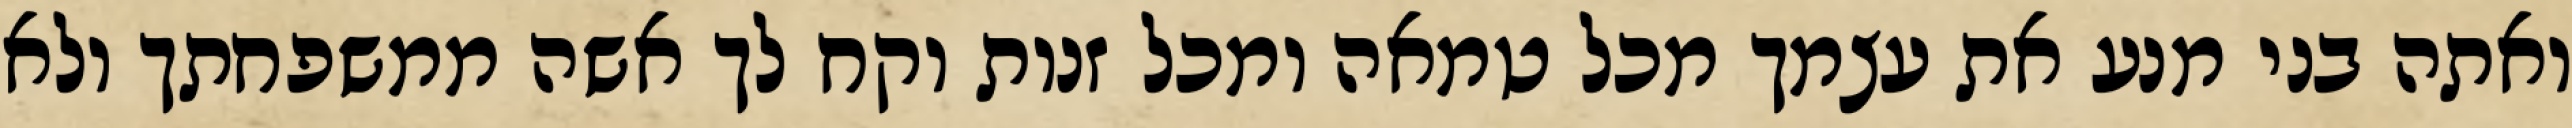
ואתה בני מנע את עצמך מכל טמאה ומכל זנות וקח לך אשה ממשפחתך ולא